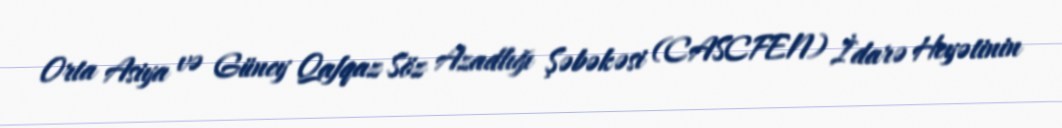
Orta Asiya və Güney Qafqaz Söz Azadlığı Şəbəkəsi (CASCFEN) İdarə Heyətinin